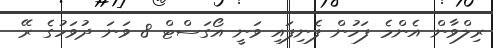
ރިލްވާން އެންމެ ފަހުން ފެނިފައި ވަނީ އޯގަސްޓް 8 ވަނަ ދުވަހުގެ ރޭ